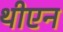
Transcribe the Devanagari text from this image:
थीएन